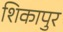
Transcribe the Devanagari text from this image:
शिकापुर